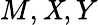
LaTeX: M,\mathit{X},Y